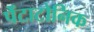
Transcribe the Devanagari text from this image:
पेंटाटोनिक